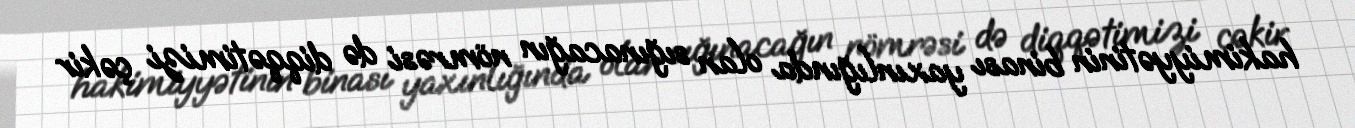
hakimiyyətinin binası yaxınlığında olan sığınacağın nömrəsi də diqqətimizi çəkir